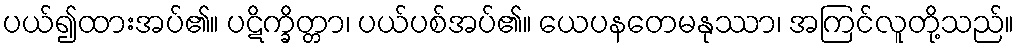
ပယ်၍ထားအပ်၏။ ပဋိက္ခိတ္တာ၊ ပယ်ပစ်အပ်၏။ ယေပနတေမနုဿာ၊ အကြင်လူတို့သည်။